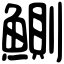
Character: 鰂